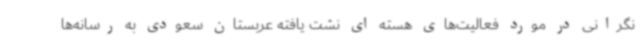
نگرانی در مورد فعالیت‌های هسته ای نشت یافته عربستان سعودی به رسانه‌ها